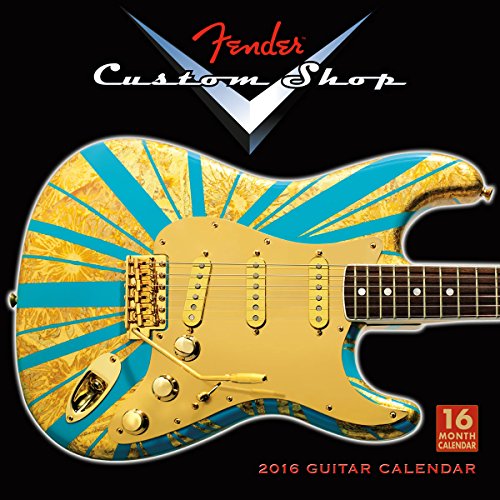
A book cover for FenderÂ® Custom Shop Guitars 2016 Wall Calendar; Fender Guitar; Calendars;